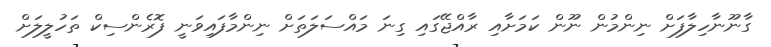
ގާނޫނާހިލާފަށް ނިންމުން ނޫން ކަމަށާއި ރާއްޖޭގައި ގިނަ މައްސަލަތަށް ނިންމާފައިވަނީ ފޮރެންސިކް ތަހުލީލަށް